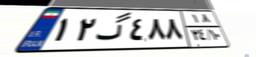
۱۲گ۴۸۸۱۸